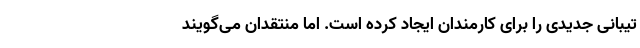
تیبانی جدیدی را برای کارمندان ایجاد کرده است. اما منتقدان می‌گویند